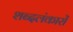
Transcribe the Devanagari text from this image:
शब्दलंकारों